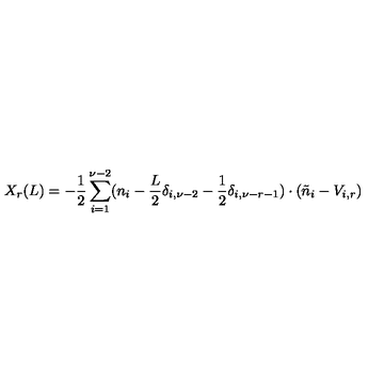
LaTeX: X _ { r } ( L ) = - \frac { 1 } { 2 } \sum _ { i = 1 } ^ { \nu - 2 } ( n _ { i } - \frac { L } { 2 } \delta _ { i , \nu - 2 } - \frac { 1 } { 2 } \delta _ { i , \nu - r - 1 } ) \cdot ( \tilde { n } _ { i } - V _ { i , r } )